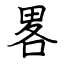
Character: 畧